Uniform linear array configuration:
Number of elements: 16
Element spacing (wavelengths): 1
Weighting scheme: uniform
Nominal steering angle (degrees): -15
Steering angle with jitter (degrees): -16.496
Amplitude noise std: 0.05
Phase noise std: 0.05

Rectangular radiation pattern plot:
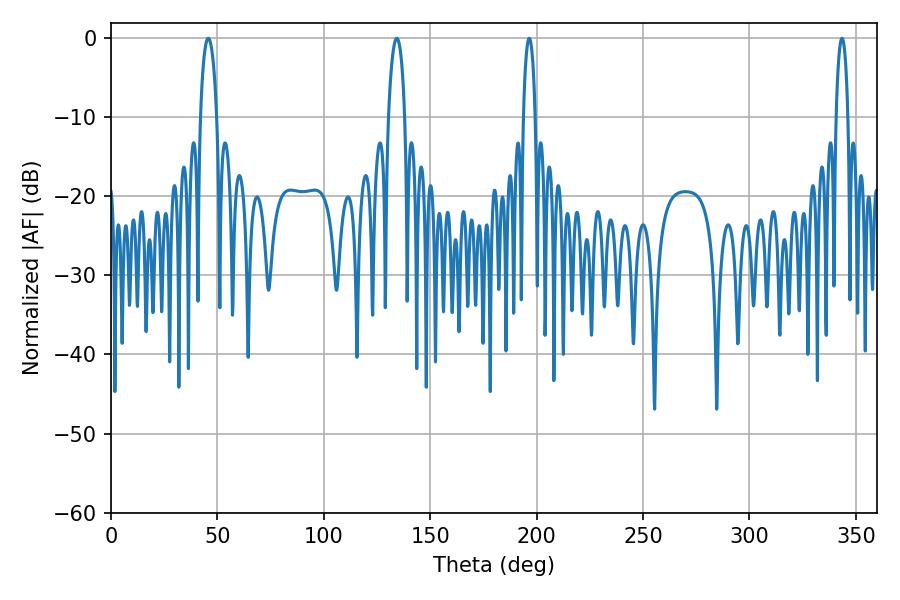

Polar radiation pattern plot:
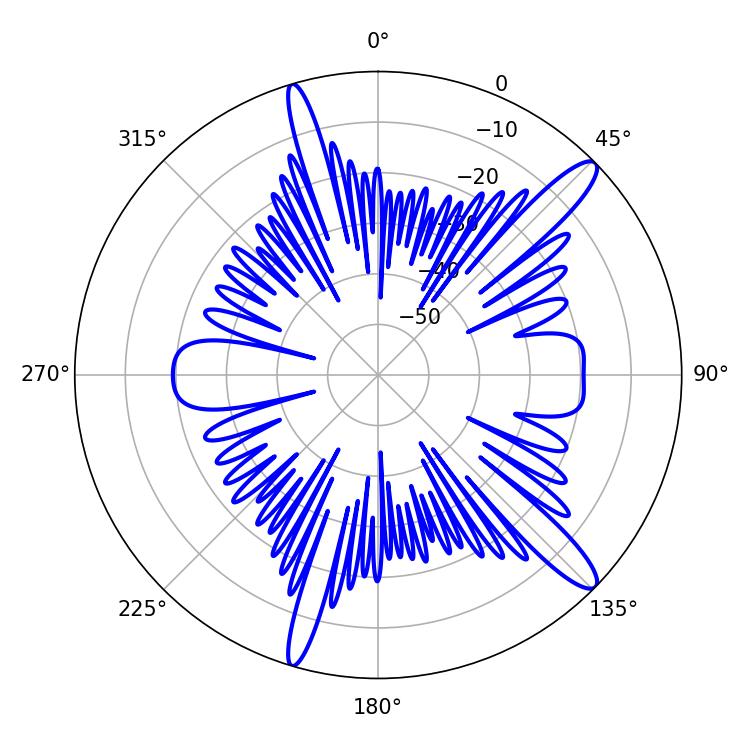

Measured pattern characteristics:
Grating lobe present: TRUE
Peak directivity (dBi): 13.493
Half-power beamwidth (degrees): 4.32
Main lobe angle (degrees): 45.72